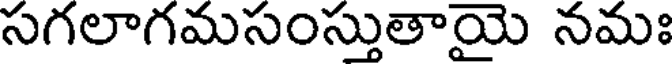
సగలాగమసంస్తుతాయై నమః